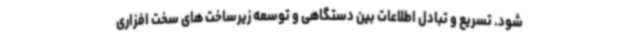
شود. تسریع و تبادل اطلاعات بین دستگاهی و توسعه زیرساخت های سخت افزاری